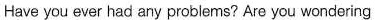
Have you ever had any problems? Are you wondering